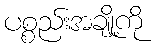
ပစ္စည်းအချို့ကို